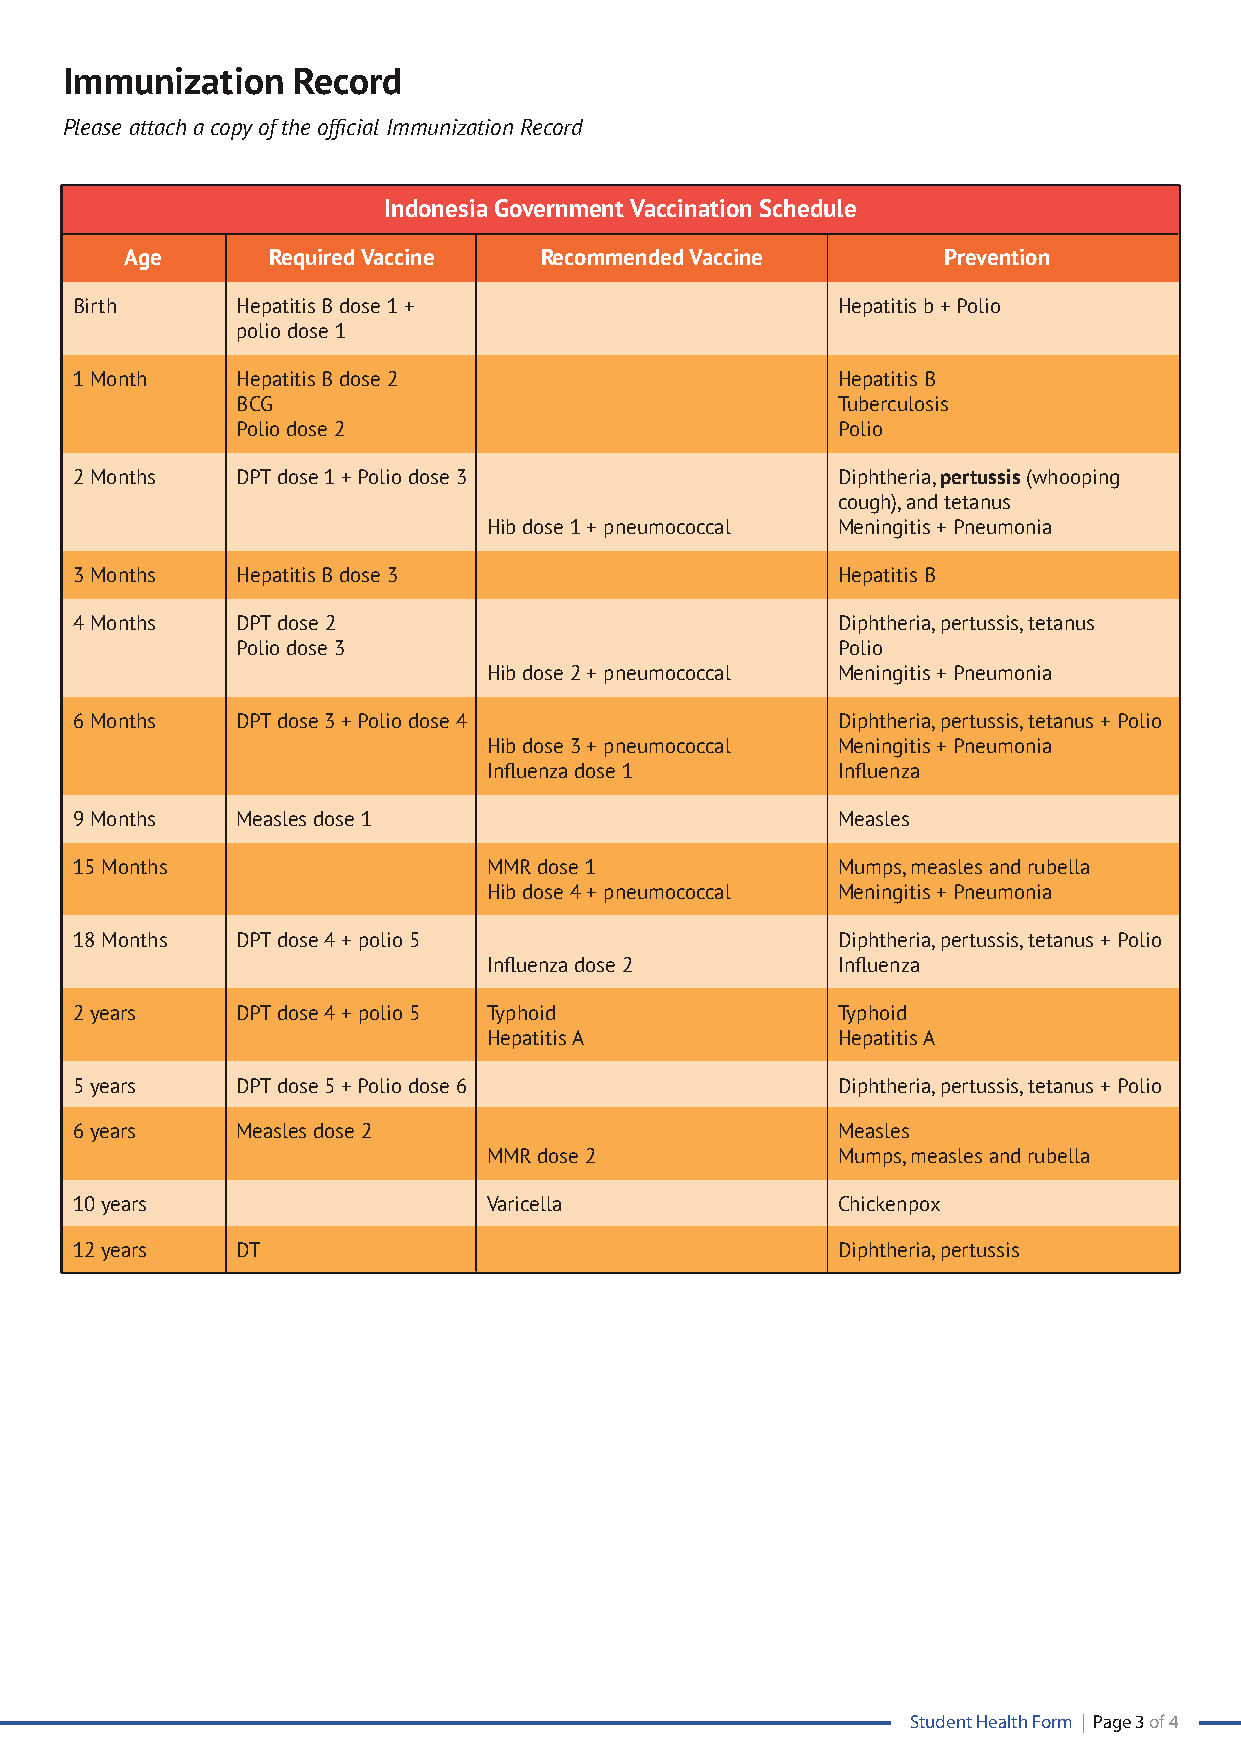
Immunization   Record
 Please attach a copy of the official Immunization Record
 Indonesia Government Vaccination Schedule
 Age       Required Vaccine  Recommended Vaccine       Prevention
 Birth      Hepatitis B dose 1 +                   Hepatitis b + Polio
 polio dose 1
 1 Month    Hepatitis B dose 2                     Hepatitis B
 BCG                                    Tuberculosis
 Polio dose 2                           Polio
 2 Months   DPT dose 1 + Polio dose 3              Diphtheria, pertussis (whooping
 cough), and tetanus
 Hib dose 1 + pneumococcal Meningitis + Pneumonia
 3 Months   Hepatitis B dose 3                     Hepatitis B
 4 Months   DPT dose 2                             Diphtheria, pertussis, tetanus
 Polio dose 3                           Polio
 Hib dose 2 + pneumococcal Meningitis + Pneumonia
 6 Months   DPT dose 3 + Polio dose 4              Diphtheria, pertussis, tetanus + Polio
 Hib dose 3 + pneumococcal Meningitis + Pneumonia
 Influenza dose 1       Influenza
 9 Months   Measles dose 1                         Measles
 15 Months                  MMR dose 1             Mumps, measles and rubella
 Hib dose 4 + pneumococcal Meningitis + Pneumonia
 18 Months  DPT dose 4 + polio 5                   Diphtheria, pertussis, tetanus + Polio
 Influenza dose 2       Influenza
 2 years    DPT dose 4 + polio 5 Typhoid           Typhoid
 Hepatitis A            Hepatitis A
 5 years    DPT dose 5 + Polio dose 6              Diphtheria, pertussis, tetanus + Polio
 6 years    Measles dose 2                         Measles
 MMR dose 2             Mumps, measles and rubella
 10 years                   Varicella              Chickenpox
 12 years   DT                                     Diphtheria, pertussis
 Student Health Form | Page 3 of 4